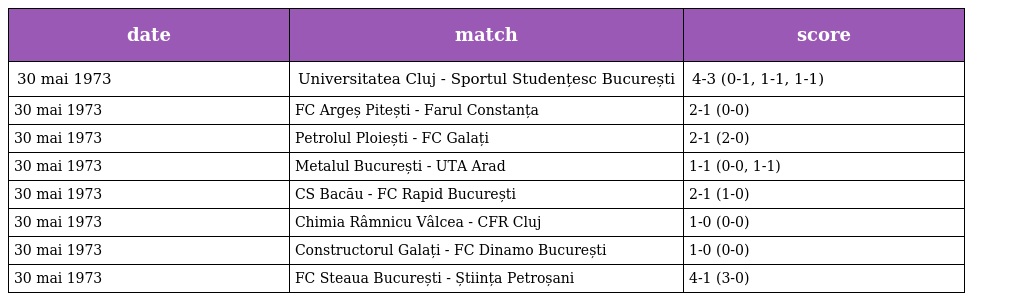
| date | match | score |
 | --- | --- | --- |
 | 30 mai 1973 | Universitatea Cluj - Sportul Studențesc București | 4-3 (0-1, 1-1, 1-1) |
 | 30 mai 1973 | FC Argeș Pitești - Farul Constanța | 2-1 (0-0) |
 | 30 mai 1973 | Petrolul Ploiești - FC Galați | 2-1 (2-0) |
 | 30 mai 1973 | Metalul București - UTA Arad | 1-1 (0-0, 1-1) |
 | 30 mai 1973 | CS Bacău - FC Rapid București | 2-1 (1-0) |
 | 30 mai 1973 | Chimia Râmnicu Vâlcea - CFR Cluj | 1-0 (0-0) |
 | 30 mai 1973 | Constructorul Galați - FC Dinamo București | 1-0 (0-0) |
 | 30 mai 1973 | FC Steaua București - Știința Petroșani | 4-1 (3-0) |